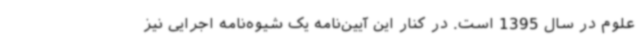
علوم در سال 1395 است. در کنار این آیین‌نامه یک شیوه‌نامه اجرایی نیز